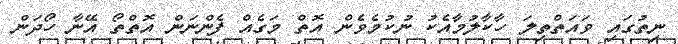
ނިތުގައި ވައަތްތިލަ ހާކާލުމާއެކު ނުކުމެވެން އޮތް މަގެއް ފެންނަން އޮތްތޯ އޭނާ ހޯދަން